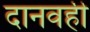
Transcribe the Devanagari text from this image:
दानवही